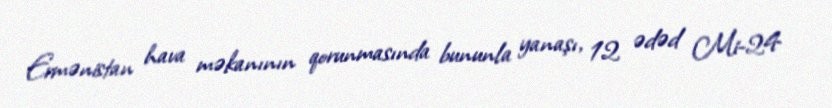
Ermənistan hava məkanının qorunmasında bununla yanaşı, 12 ədəd Mi-24